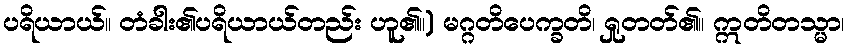
ပရိယာယ်။ တံခါး၏ပရိယာယ်တည်း ဟူ၏။) မဂ္ဂတိပေက္ခတိ၊ ရှုတတ်၏။ ဣတိတသ္မာ၊